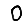
Digit: 0